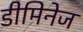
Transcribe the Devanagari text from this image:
डीमिनेज